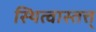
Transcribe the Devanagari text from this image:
स्थित्वास्तत्त्